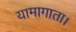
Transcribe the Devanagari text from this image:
यामागाता।